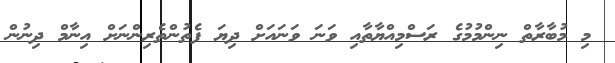
މި މުބާރާތް ނިންމުމުގެ ރަސްމިއްޔާތާއި ވަނަ ވަނައަށް ދިޔަ ފެތުންތެރިންނަށް އިނާމް ދިނުން